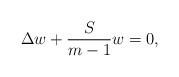
LaTeX: \begin{align*} \Delta w + \frac{S}{m-1} w = 0,\end{align*}